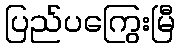
ပြည်ပကြွေးမြီ